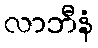
လာဘီနံ